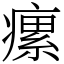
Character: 瘰